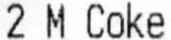
2 M COKE